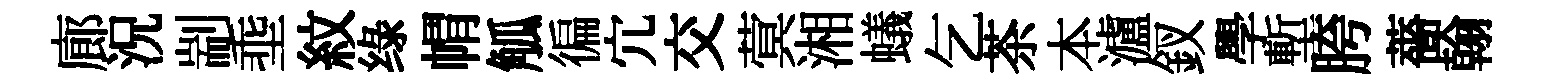
廊況剬埀紋绿㡌觚徧宂交蓂湘蟻乞茶本瀘釵學塹胯薔翰